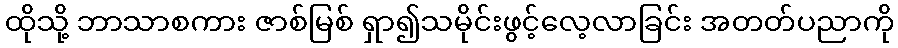
ထိုသို့ ဘာသာစကား ဇာစ်မြစ် ရှာ၍သမိုင်းဖွင့်လေ့လာခြင်း အတတ်ပညာကို